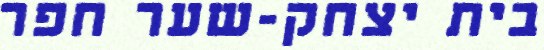
בית יצחק-שער חפר